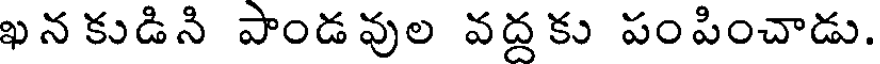
ఖన కుడిని పాండ వుల వద్ద కు పంపించాడు.